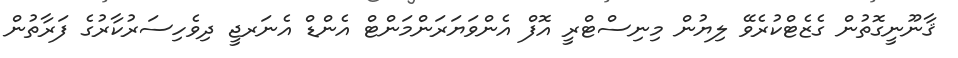
ޤާނޫނީގޮތުން ގެޒެޓްކުރެވޭ ލިޔުން މިނިސްޓްރީ އޮފް އެންވަޔަރަންމަންޓް އެންޑް އެނަރޖީ ދިވެހިސަރުކާރުގެ ފަރާތުން